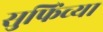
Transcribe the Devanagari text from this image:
सुफिंच्या